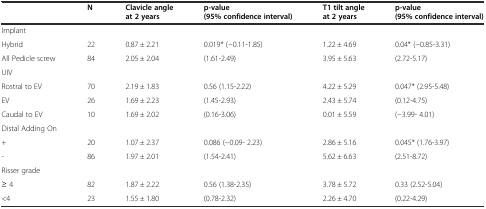
<table><thead><tr><td></td><td><b>N</b></td><td><b>Clavicle angle at 2 years</b></td><td><b>p-value (95% confidence interval)</b></td><td><b>T1 tilt angle at 2 years</b></td><td><b>p-value (95% confidence interval)</b></td></tr></thead><tbody><tr><td>Implant</td><td></td><td></td><td></td><td></td><td></td></tr><tr><td>Hybrid</td><td>22</td><td>0.87 ± 2.21</td><td>0.019* (−0.11-1.85)</td><td>1.22 ± 4.69</td><td>0.04* (−0.85-3.31)</td></tr><tr><td>All Pedicle screw</td><td>84</td><td>2.05 ± 2.04</td><td>(1.61-2.49)</td><td>3.95 ± 5.63</td><td>(2.72-5.17)</td></tr><tr><td>UIV</td><td></td><td></td><td></td><td></td><td></td></tr><tr><td>Rostral to EV</td><td>70</td><td>2.19 ± 1.83</td><td>0.56 (1.15-2.22)</td><td>4.22 ± 5.29</td><td>0.047* (2.95-5.48)</td></tr><tr><td>EV</td><td>26</td><td>1.69 ± 2.23</td><td>(1.45-2.93)</td><td>2.43 ± 5.74</td><td>(0.12-4.75)</td></tr><tr><td>Caudal to EV</td><td>10</td><td>1.69 ± 2.02</td><td>(0.16-3.06)</td><td>0.01 ± 5.59</td><td>(−3.99- 4.01)</td></tr><tr><td>Distal Adding On</td><td></td><td></td><td></td><td></td><td></td></tr><tr><td>+</td><td>20</td><td>1.07 ± 2.37</td><td>0.086 (−0.09- 2.23)</td><td>2.86 ± 5.16</td><td>0.045* (1.76-3.97)</td></tr><tr><td>-</td><td>86</td><td>1.97 ± 2.01</td><td>(1.54-2.41)</td><td>5.62 ± 6.63</td><td>(2.51-8.72)</td></tr><tr><td>Risser grade</td><td></td><td></td><td></td><td></td><td></td></tr><tr><td>≥ 4</td><td>82</td><td>1.87 ± 2.22</td><td>0.56 (1.38-2.35)</td><td>3.78 ± 5.72</td><td>0.33 (2.52-5.04)</td></tr><tr><td>&lt;4</td><td>23</td><td>1.55 ± 1.80</td><td>(0.78-2.32)</td><td>2.26 ± 4.70</td><td>(0.22-4.29)</td></tr></tbody></table>